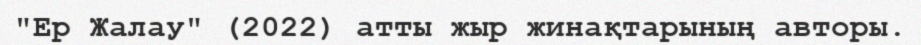
"Ер Жалау" (2022) атты жыр жинақтарының авторы.